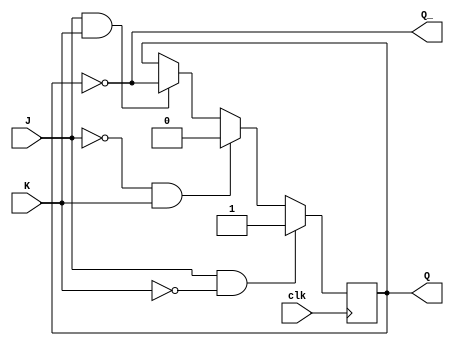
module jk_flipflop (
    input wire J,
    input wire K,
    input wire clk,
    output reg Q,
    output reg Q_
);

always @(negedge clk)
begin
    if (J && !K)
        Q <= 1'b1;
    else if (!J && K)
        Q <= 1'b0;
    else if (J && K)
        Q <= ~Q;
end

assign Q_ = ~Q;

endmodule